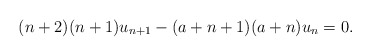
\begin{align*}(n + 2)(n + 1)u_{n+1} - (a + n + 1)(a + n)u_n = 0.\end{align*}